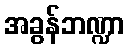
အခွန်ဘဏ္ဍာ